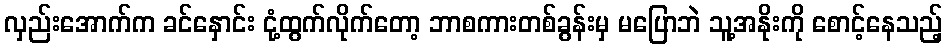
လှည်းအောက်က ခင်နှောင်း ငုံ့ထွက်လိုက်တော့ ဘာစကားတစ်ခွန်းမှ မပြောဘဲ သူ့အနိုးကို စောင့်နေသည့်